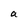
Character: a